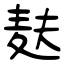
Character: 麸